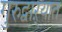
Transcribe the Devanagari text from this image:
गुरुद्वाऱ्यात